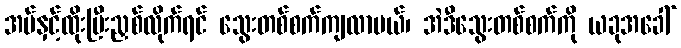
အပ်နှင့်ထိုးပြီးညှစ်လိုက်ရင် သွေးတစ်စက်ကျလာမယ်၊ အဲဒီသွေးတစ်စက်ကို ယခုအခေါ်